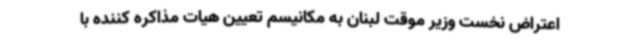
اعتراض نخست وزیر موقت لبنان به مکانیسم تعیین هیات مذاکره کننده با